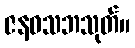
ဇနဝသဘသုတ်။